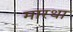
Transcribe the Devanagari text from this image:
मारथा